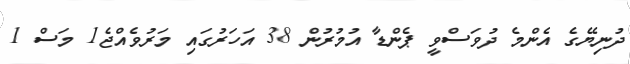
ދުނިޔޭގެ އެންމެ ދުވަސްވީ ޕެންޑާ އުމުރުން 38 އަހަރުގައި މަރުވެއްޖެ1 މަސް 1